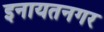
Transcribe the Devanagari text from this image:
इनायतनगर